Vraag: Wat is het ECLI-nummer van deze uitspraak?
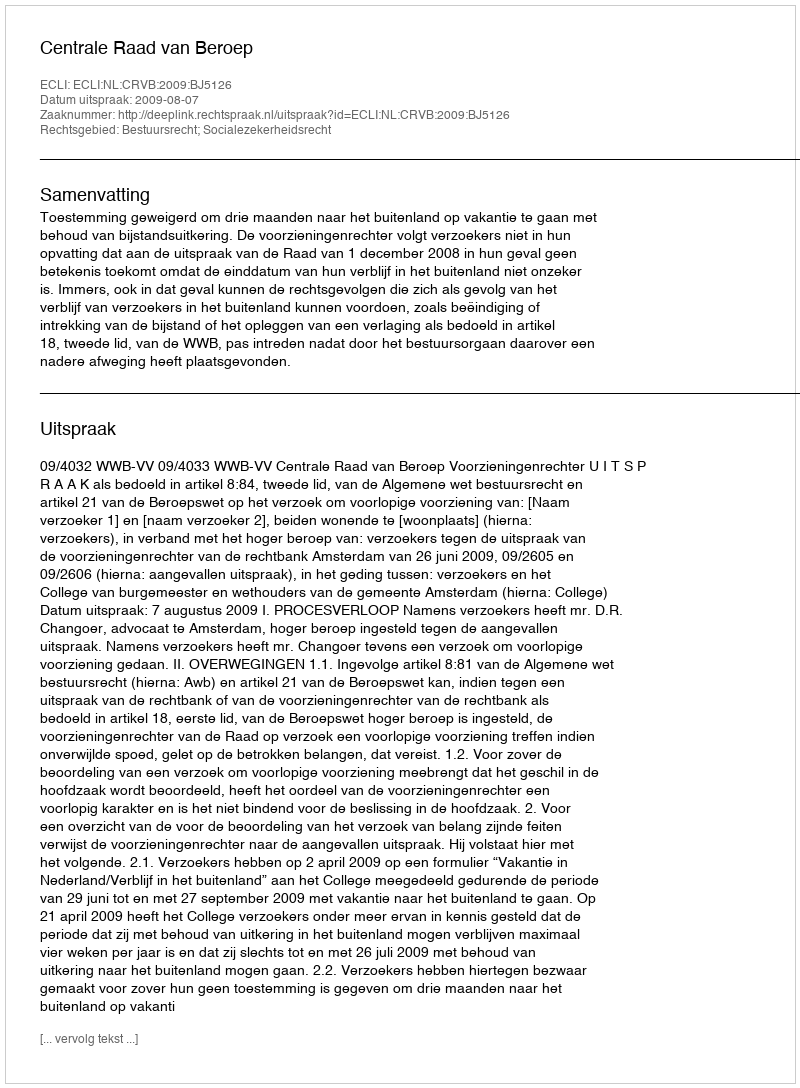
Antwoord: ECLI:NL:CRVB:2009:BJ5126